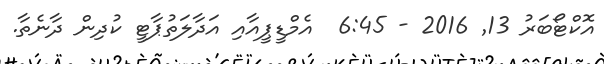
އޮކްޓޯބަރު 13